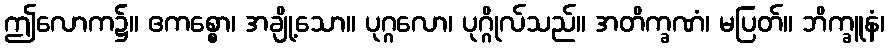
ဤလောက၌။ ဧကစ္စော၊ အချို့သော။ ပုဂ္ဂလော၊ ပုဂ္ဂိုလ်သည်။ အတိက္ခဏံ၊ မပြတ်။ ဘိက္ခူနံ၊